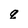
Character: q